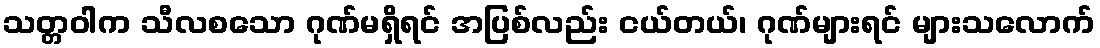
သတ္တဝါက သီလစသော ဂုဏ်မရှိရင် အပြစ်လည်း ငယ်တယ်၊ ဂုဏ်များရင် များသလောက်